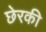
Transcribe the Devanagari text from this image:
छेरकी